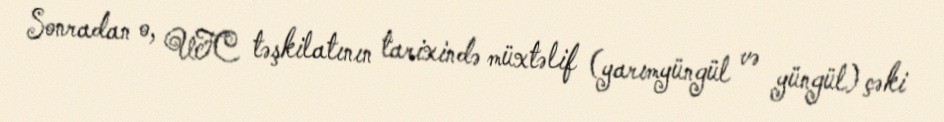
Sonradan o, UFC təşkilatının tarixində müxtəlif (yarımyüngül və yüngül) çəki